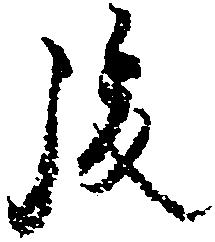
後